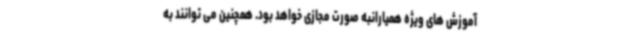
آموزش های ویژه همیارانبه صورت مجازی خواهد بود. همچنین می توانند به